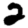
Digit: 2